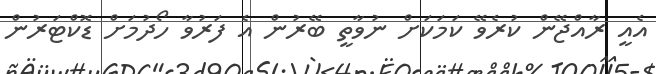
އެއީ ރާއްޖޭން ކުރެވޭ ކަމަކަށް ނުވާތީ ބޭރުން އެ ފަރުވާ ހޯދުމަށް ޑޮކްޓަރުން